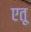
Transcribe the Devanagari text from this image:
एतू